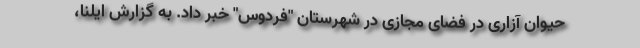
حیوان آزاری در فضای مجازی در شهرستان "فردوس" خبر داد. به گزارش ایلنا،